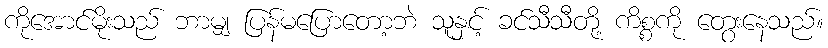
ကိုအောင်မိုးသည် ဘာမျှ ပြန်မပြောတော့ဘဲ သူနှင့် ခင်သီသီတို့ ကိစ္စကို တွေးနေသည်။